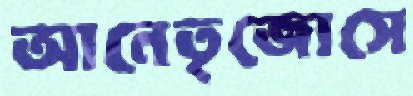
আনেতৃজোসে